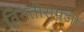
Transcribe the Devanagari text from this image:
विनतीरामजी